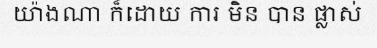
យ៉ាងណា ក៏ដោយ ការ មិន បាន ផ្លាស់